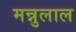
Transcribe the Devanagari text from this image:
मन्नुलाल